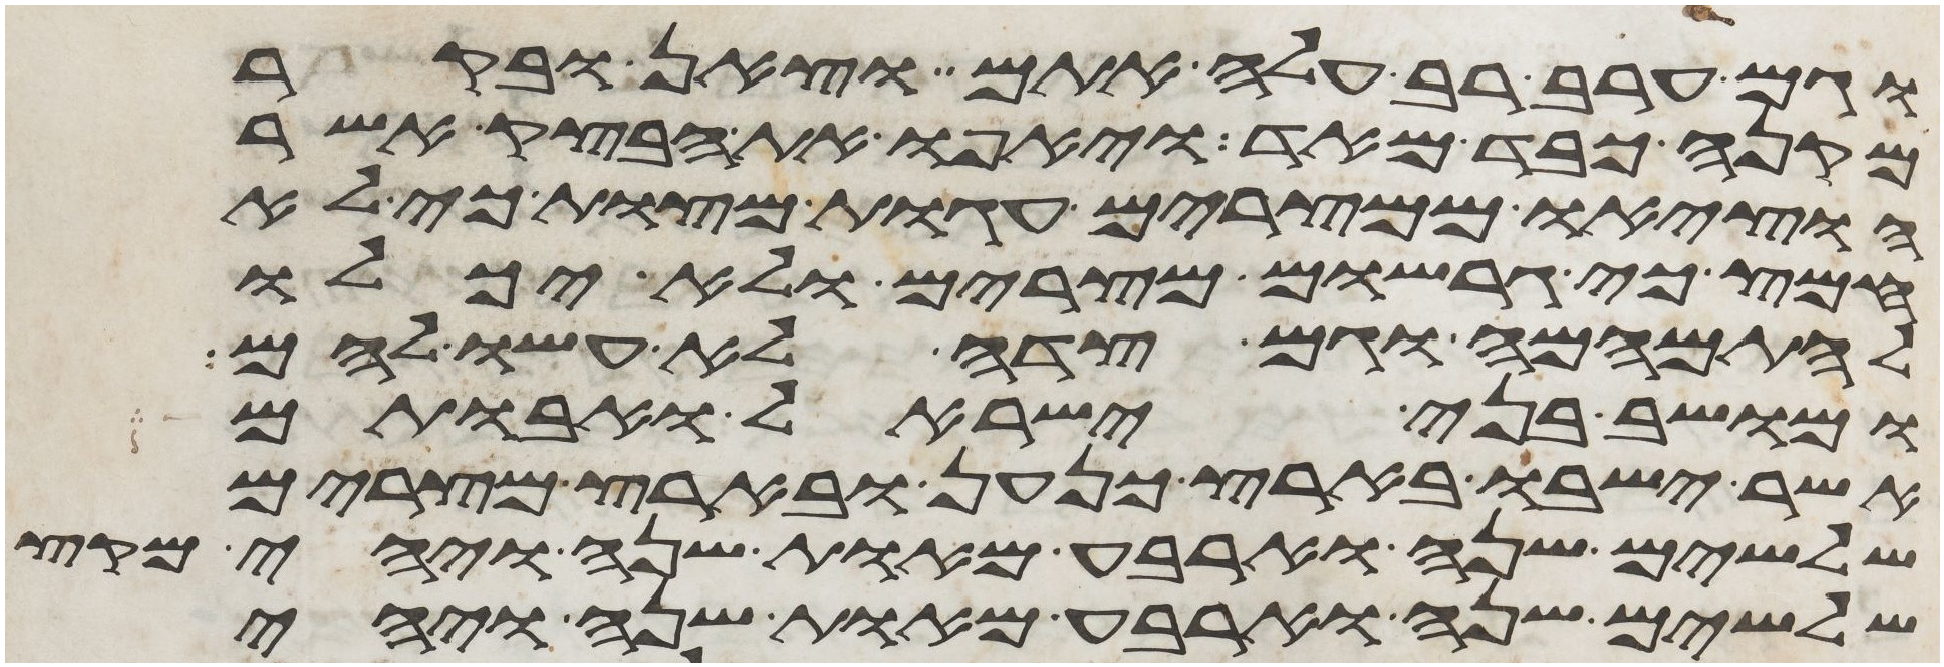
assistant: וגם ערב רב עלה אתם וצאן ובקר
מקנה כבד מאד ויאפו את הבצק אשר
הוציאו ממצרים עגות מצות כי לא
חמץ כי גרשום מצרים ולא יכלו
להתמהמה וגם צדה לא עשו להם
ומושב בני ישראל ואבותם
אשר ישבו בארץ כנען ובארץ מצרים
שלשים שנה וארבע מאות שנה ויהי מקץ
שלשים שנה וארבע מאות שנה ויהי